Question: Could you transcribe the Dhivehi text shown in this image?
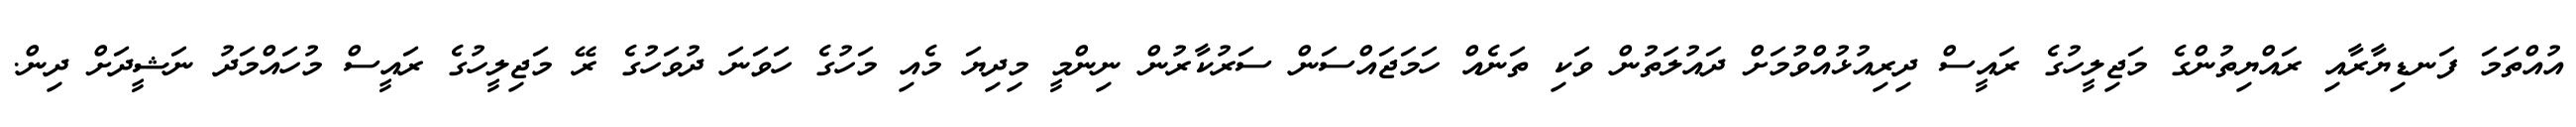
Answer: އުއްތަމަ ފަނޑިޔާރާއި ރައްޔިތުންގެ މަޖިލީހުގެ ރައީސް ދިރިއުޅުއްވުމަށް ދައުލަތުން ވަކި ތަނެއް ހަމަޖައްސަން ސަރުކާރުން ނިންމީ މިދިޔަ މެއި މަހުގެ ހަވަނަ ދުވަހުގެ ރޭ މަޖިލީހުގެ ރައީސް މުހައްމަދު ނަޝީދަށް ދިން.